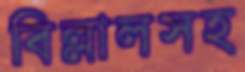
বিল্লালসহ